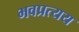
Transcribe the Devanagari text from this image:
भवप्रत्यय